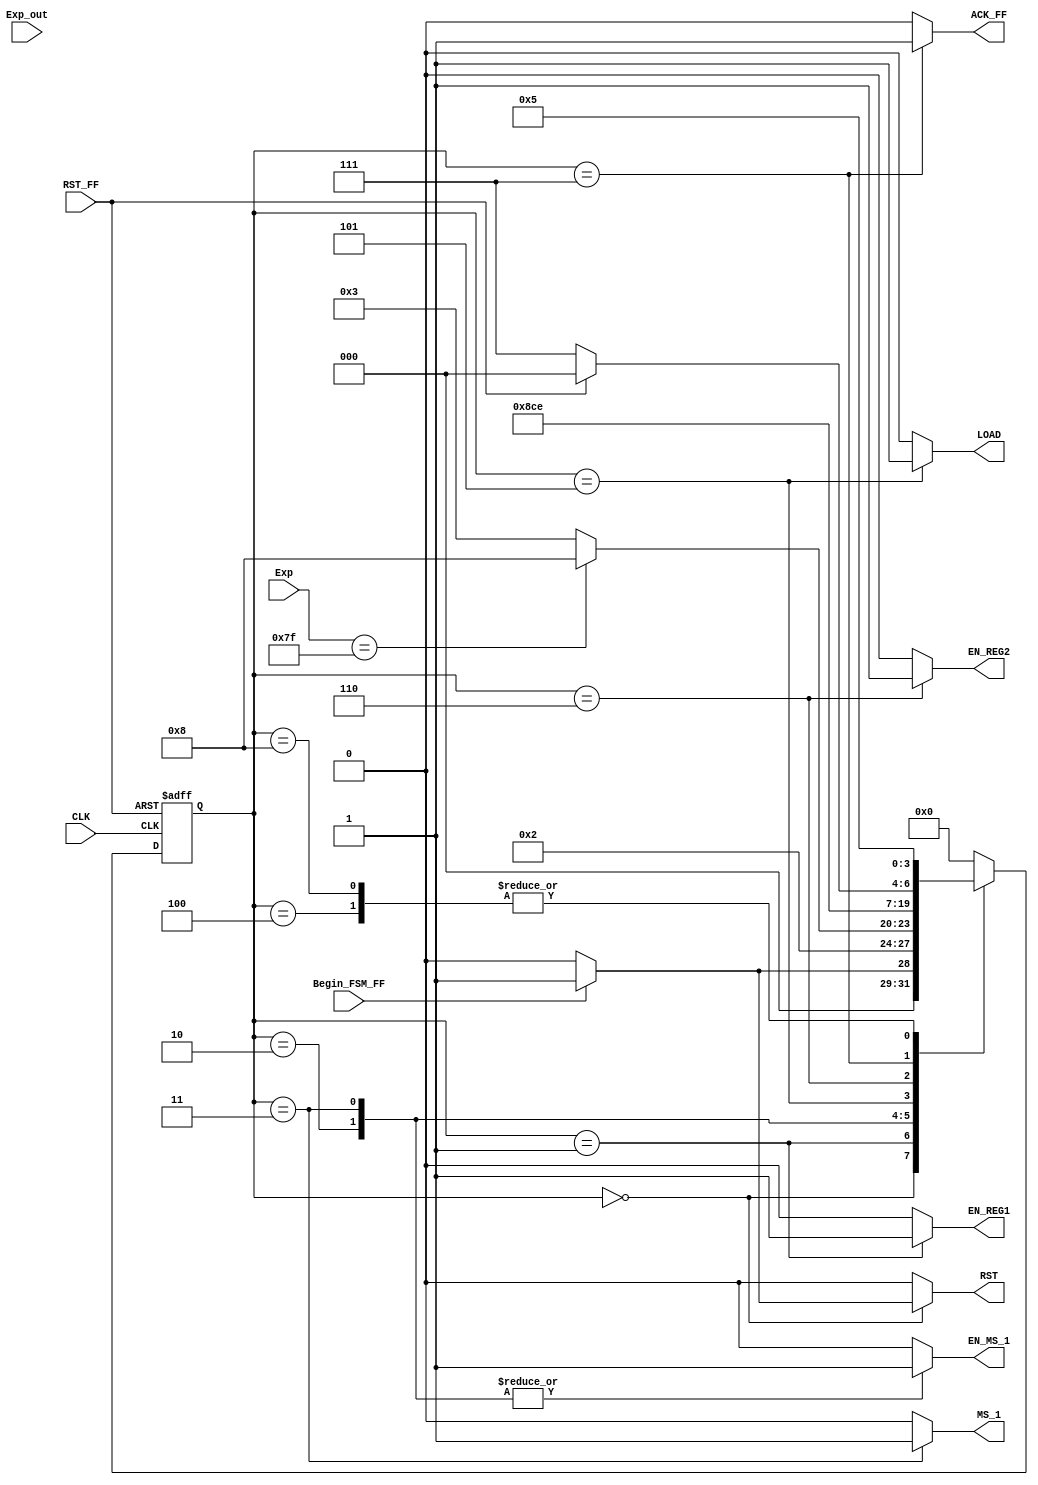
`timescale 1ns / 1ps
//////////////////////////////////////////////////////////////////////////////////
// Company: Tecnolgico de Costa Rica
// 
// Design Name:
// Module Name: FSM_Convert_Float_To_Fixed
// Project Name: 
// Target Devices: 
// Tool Versions: 
// Description: 
// 
//////////////////////////////////////////////////////////////////////////////////

module FSM_Convert_Float_To_Fixed(
		
    //INPUTS
    input wire CLK, //system clock
    input wire RST_FF, //system reset 
    input wire Exp_out, // INDICA SI EL VALOR DEL EXPONENTE ES MAYOR QUE 127 
    input wire Begin_FSM_FF, //inicia la maquina de estados 
    input wire [7:0] Exp, //CONTIENE EL EXPONENTE DEL NUMERO EN PUNTO FLOTANTE 
    // OUTPUTS		
    output reg EN_REG1, //ENABLE PARA EL REGISTRO QUE GUARDA EL NUMERO EN PUNTO FLOTANTE 
    output reg LOAD, //SELECCION PARA EL REGISTRO DE DESPLAZAMIENTOS 
    output reg MS_1, // SELECCION DEL MUX 1 (VALOR INICIAL DEL EXPONENTE , VALOR MODIFICADO DEL EXPONENTE)
    output reg ACK_FF, // INDICA QUE LA CONVERSION FUE REALIZADA
    output reg EN_MS_1,
    output reg EN_REG2,
    output reg RST
    );
        
parameter [3:0]  //se definen los estados que se utilizaran en la maquina
     a = 4'b0000,
     b = 4'b0001,
     c = 4'b0010,
     d = 4'b0011,
     e = 4'b0100,
     f = 4'b0101,
     g = 4'b0110,
     h = 4'b0111,
     i = 4'b1000;
					
reg [3:0] state_reg, state_next ; //state registers declaration

always @(posedge CLK, posedge RST_FF)
	
	if (RST_FF) begin
		state_reg <= a;	
	end
	
	else begin
		state_reg <= state_next;
	end

    always @*
    begin
        state_next = state_reg;    
        EN_REG1 = 1'b0;
        EN_REG2 = 1'b0;
        ACK_FF = 1'b0;
        EN_MS_1=1'b0;
        MS_1=1'b0;
        LOAD = 1'b0;
        RST = 1'b0;
        
        case(state_reg)
            a: 
            begin  
                if(Begin_FSM_FF) 
                    begin
                    RST = 1'b1;
                    ACK_FF = 1'b0;    
                    state_next = b;
                    end
                else
                    state_next = a;       
            end
                
            b: 
            begin
                EN_REG1 = 1'b1;    
                state_next = c;
            end
            
            c:
            begin
                EN_MS_1 = 1'b1;
                if(Exp == 8'b01111111)
                    state_next = i;
                else
                state_next = d;
            end
            
            d:
            begin
                EN_MS_1 = 1'b1;
                MS_1 = 1'b1;
                state_next = e;
            end
            
            e:
            begin
                state_next = f;
            end 
                   		
            f:
            begin
                LOAD = 1'b1;
                state_next = g;
            end
        
            g:
            begin
                EN_REG2 = 1'b1;
                state_next = h;
            end
                
            h:
            begin
                ACK_FF = 1'b1;
                if(RST_FF)
                     state_next = a;
                else
                    state_next = h;
            end
            
            i:
            begin
                
                state_next = f;
            end
               
       default:
       state_next=a;
       endcase
    end

endmodule